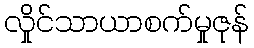
လှိုင်သာယာစက်မှုဇုန်